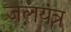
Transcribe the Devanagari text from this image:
जलयंत्र